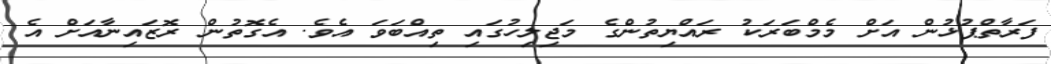
ފަރާތްޕުޅުން އަށް މެމްބަރަކު ރައްޔިތުންގެ މަޖިލިހުގައި ތިއްބަވަ އެވެ. އެގޮތުން ރޮޒައިނާއަށް އެ